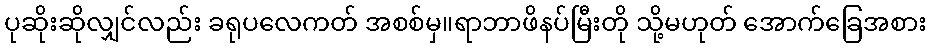
ပုဆိုးဆိုလျှင်လည်း ခရုပလေကတ် အစစ်မှ။ရာဘာဖိနပ်မြီးတို သို့မဟုတ် အောက်ခြေအစား